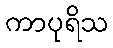
ကာပုရိသ